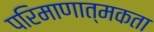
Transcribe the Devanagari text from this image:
परिमाणात्मकता